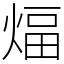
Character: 煏